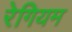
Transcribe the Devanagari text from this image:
रेगियम